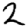
Digit: 2